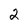
Character: 2